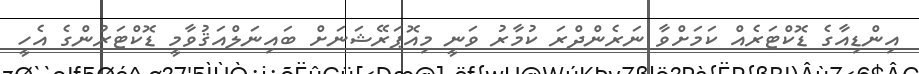
އިންޑިއާގެ ޑޮކްޓަރެއް ކަމަށްވާ ނަރެންދްރަ ކުމާރު ވަނީ މިއޮޕަރޭޝަނަށް ބައިނަލްއަޤުވާމީ ޑޮކްޓަރުންގެ އެހީ